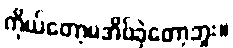
ကိုယ်တော့မအိပ်ခဲ့တော့ဘူး။